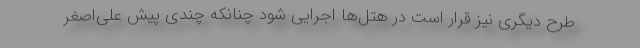
طرح دیگری نیز قرار است در هتل‌ها اجرایی شود چنانکه چندی پیش علی‌اصغر